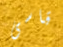
قاسى